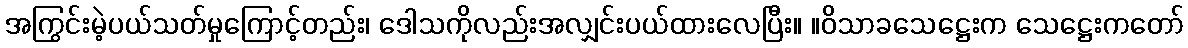
အကြွင်းမဲ့ပယ်သတ်မှုကြောင့်တည်း၊ ဒေါသကိုလည်းအလျှင်းပယ်ထားလေပြီး။ ။ဝိသာခသေဋ္ဌေးက သေဋ္ဌေးကတော်